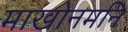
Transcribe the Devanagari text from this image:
माखोनमनि